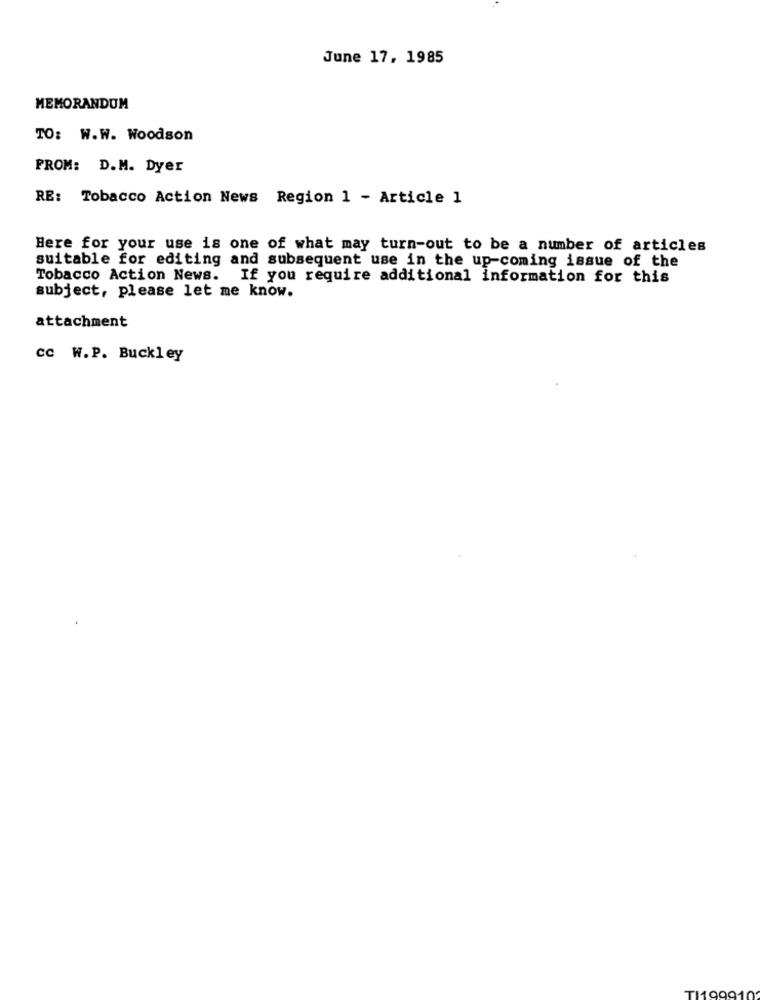
June 17, 1985
MEMORANDUM
TO: W.W. Woodson
FROM: D.M. Dyer
RE: Tobacco Action News Region 1 - Article 1
Here for your use is one of what may turn-out to be a number of articles
suitable for editing and subsequent use in the up-coming issue of the
Tobacco Action News. If you require additional information for this
subject, please let me know.
attachment
cc W.P. Buckley
TI1999